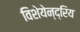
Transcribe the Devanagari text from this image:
विशेयेन्द्रिय